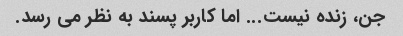
جن، زنده نیست... اما کاربر پسند به نظر می رسد.